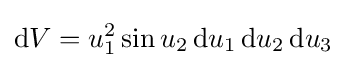
\mathrm {d} V=u_{1}^{2}\sin u_{2}\,\mathrm {d} u_{1}\,\mathrm {d} u_{2}\,\mathrm {d} u_{3}